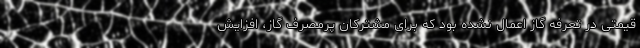
قیمتی در تعرفه گاز اعمال نشده بود که برای مشترکان پرمصرف گاز، افزایش